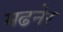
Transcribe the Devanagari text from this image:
मढनेर